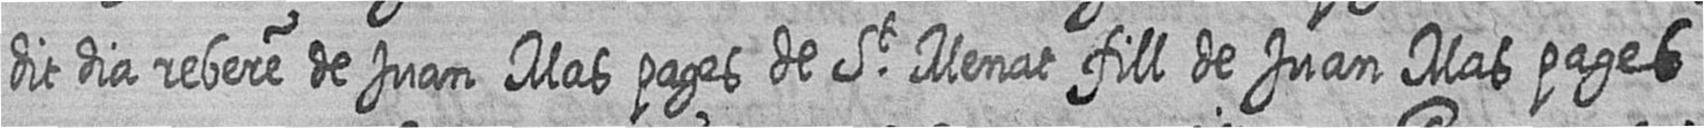
dit dia rebere de Juan Mas pages de St Menat fill de Juan Mas pages